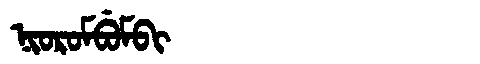
Manchu: ᠨᡳᠣᡵᠣᠮᠪᡠᠮᠪᡳ
Romanization: NIOROMBUMBI